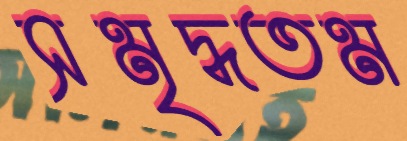
সমৃদ্ধতম